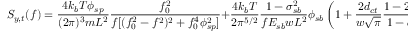
S _ { y , t } ( f ) = \frac { 4 k _ { b } T \phi _ { s p } } { ( 2 \pi ) ^ { 3 } m L ^ { 2 } } \frac { f _ { 0 } ^ { 2 } } { f [ ( f _ { 0 } ^ { 2 } - f ^ { 2 } ) ^ { 2 } + f _ { 0 } ^ { 4 } \phi _ { s p } ^ { 2 } ] } + \frac { 4 k _ { b } T } { 2 \pi ^ { 5 / 2 } } \frac { 1 - \sigma _ { s b } ^ { 2 } } { f E _ { s b } w L ^ { 2 } } \phi _ { s b } \left( 1 + \frac { 2 d _ { c t } } { w \sqrt { \pi } } \frac { 1 - 2 \sigma _ { s b } } { 1 - \sigma _ { s b } } \frac { \phi _ { c t } } { \phi _ { s b } } \right) .